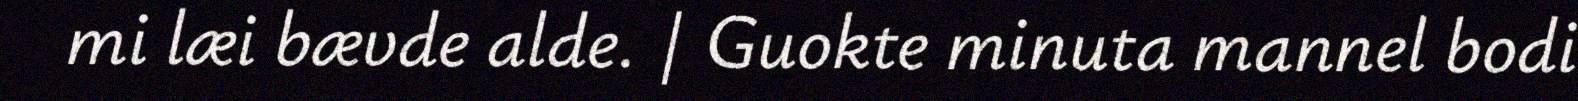
mi læi bævde alde. | Guokte minuta mannel bodi